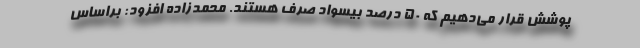
پوشش قرار می‌دهیم که ۵۰ درصد بیسواد صرف هستند. محمدزاده افزود: براساس